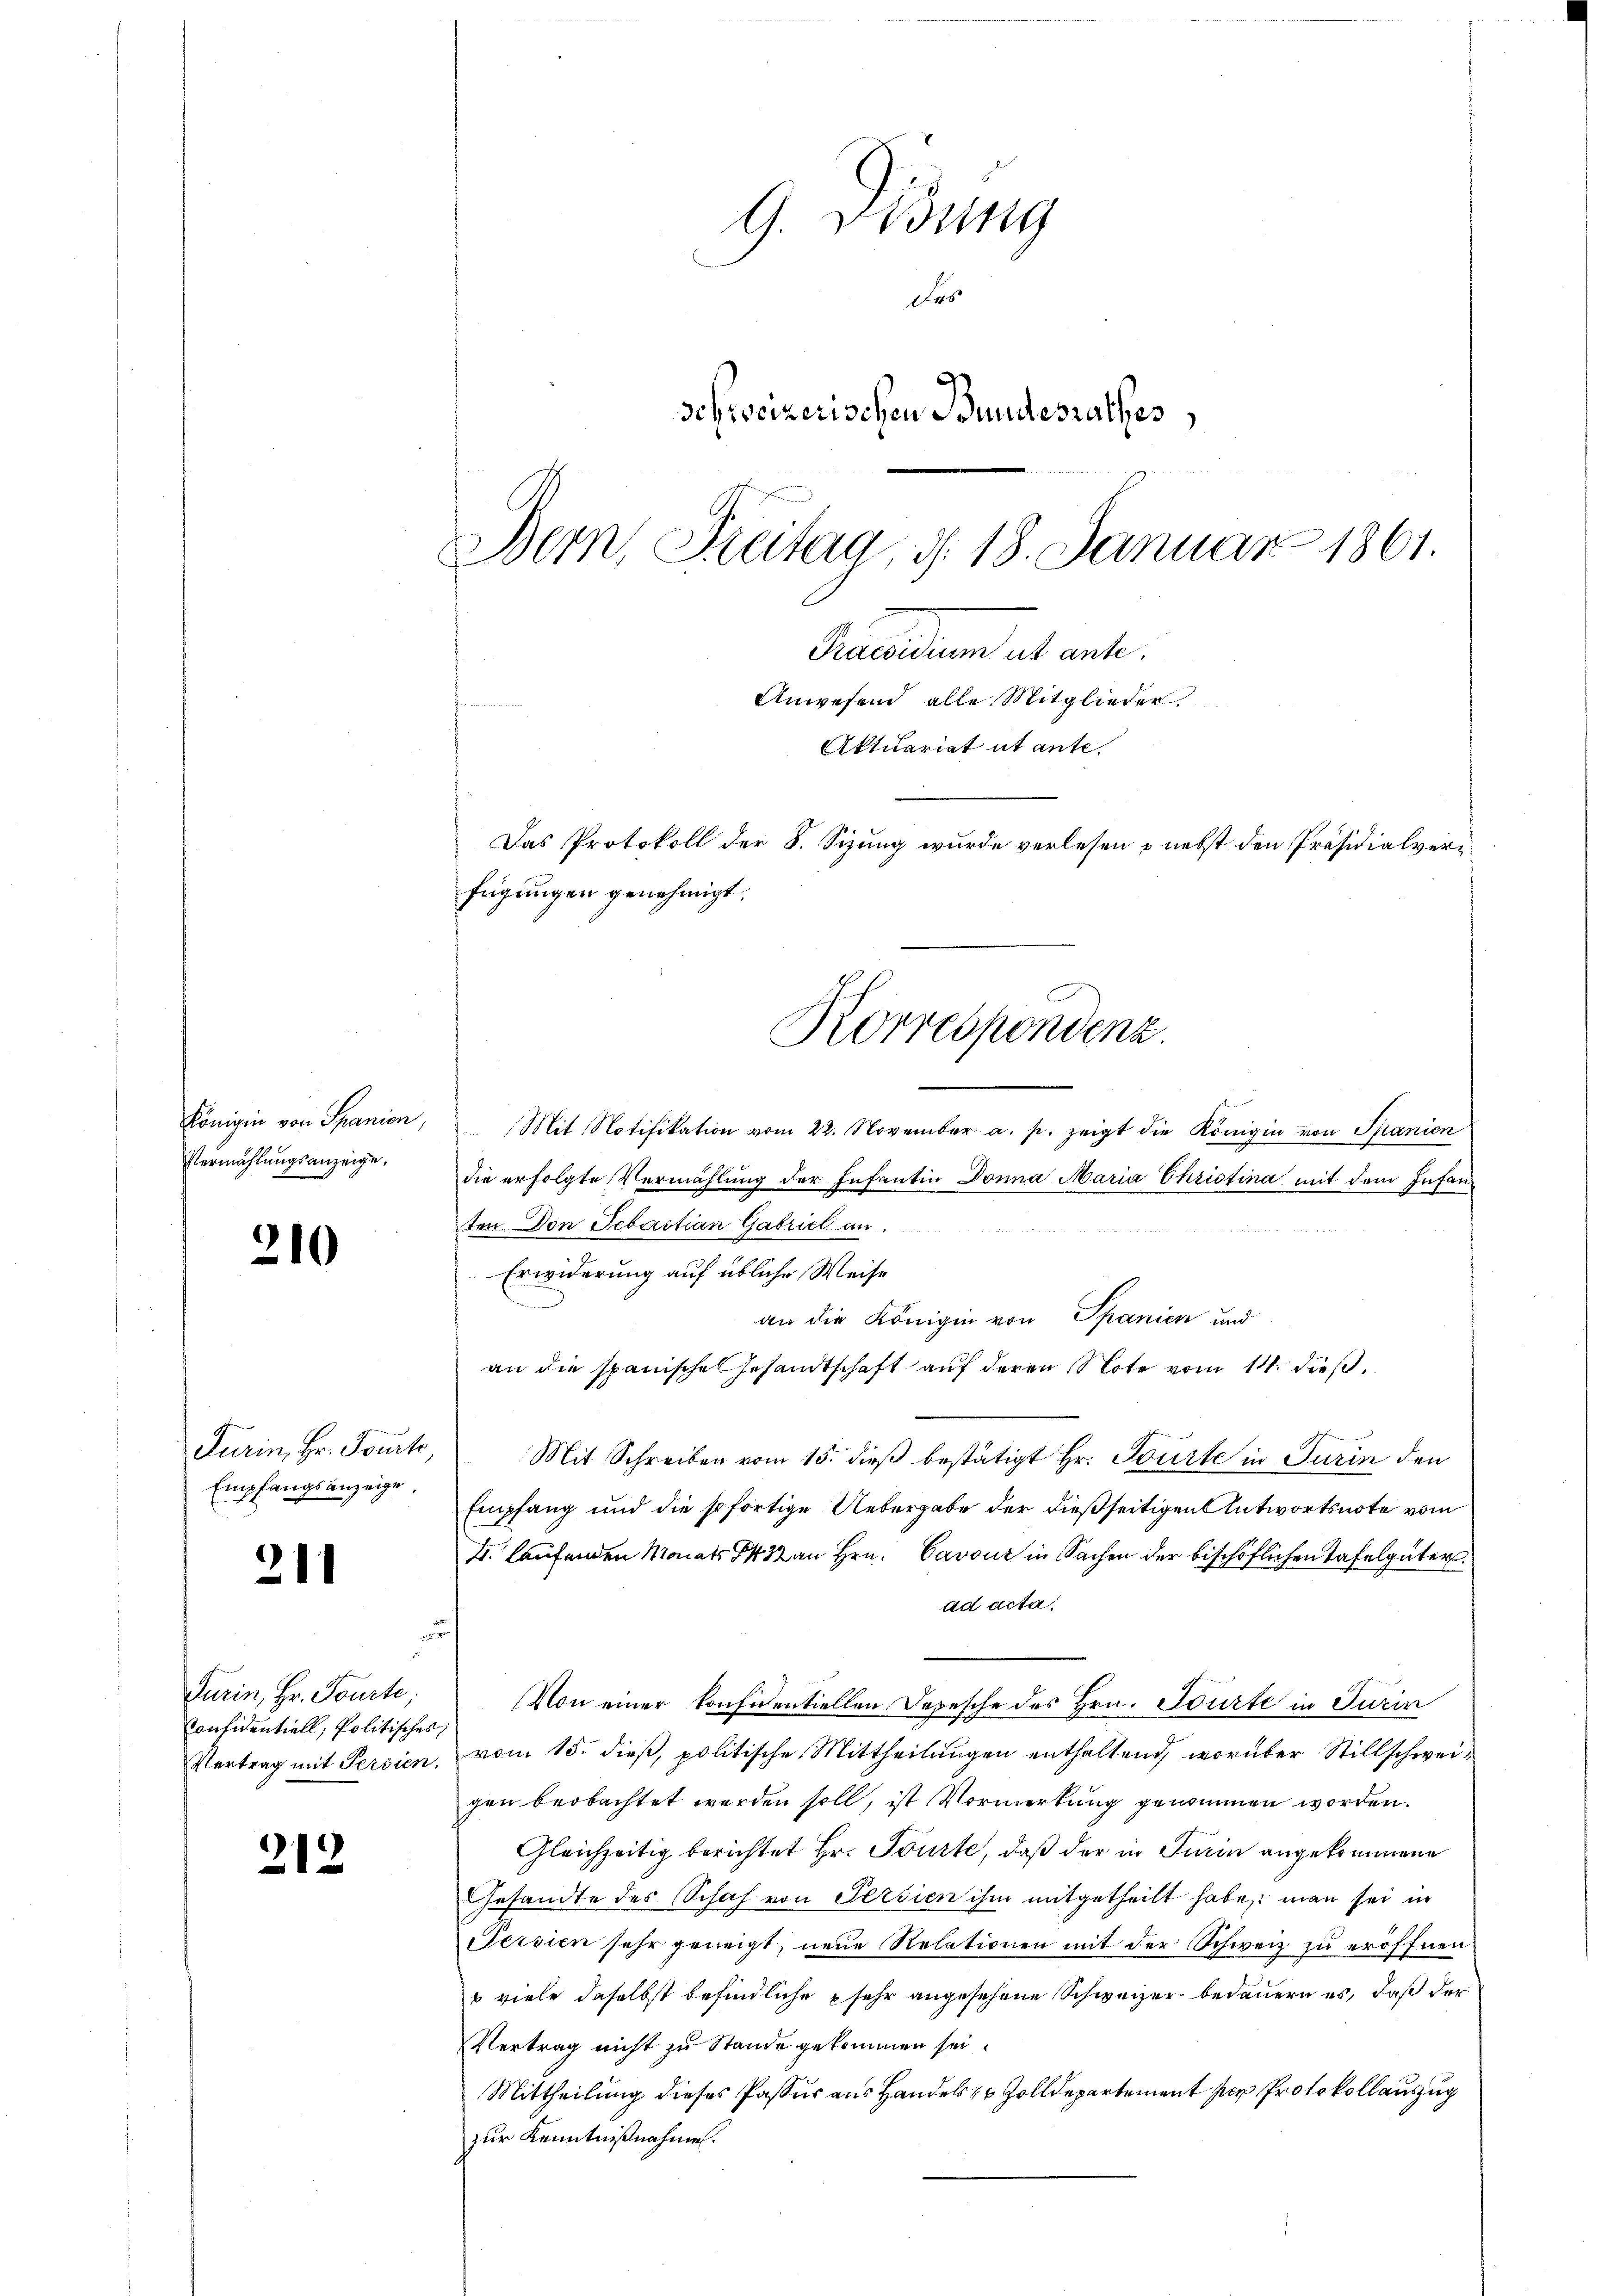
Königin von Spanien,
Vermählungsanzeige,

210

211

212

G. Bisung
Das
schweizerischen Bundesrathes,
Bern, Freitag, d. 18. Januar 1861.
Praesidium ut ante.
Anwesend alle Mitglieder
Aktuariat ut ante.
Das Protokoll der S. Sizung wurde verlesen & nebst den Präsidialverfügungen genehmigt.

Turin, Hr. Tourt
Empfangsanzeige.

r
Turin, Hr. Tourte;
Considentiell, Politisches,
Vertrag mit Persien.

Korrespondenz.

Mit Notifikation vom 22. November a. p. zeigt die Königin von Spanien
die erfolgte Vermählung der Infantin Donna Maria Christina mit dem Infan
ten Don Sebastian Gabriel an
Erwiderung auf übliche Weise
u
an die Königin von Spanien und
an die spanische Gesandtschaft auf deren Note vom 14. dieß,
Mit Schreiben vom 15. dieß bestätigt Hr. Tourte in Turin den
Empfang und die sofortige Uebergabe der dießseitigen Antwortsnote vom
I. laufenden Monats § 3 an Hrn. Cavouz in Sachen der bischöflichen Tafelgüter
ad acta
Von einer konsidentiellen Depesche des Hrn. Tourte in Turin
vom 15. dieß, politische Mittheilungen enthaltend, worüber Stillschweigen beobachtet werden soll, ist Vormerkung genommen worden.
Gleichzeitig berichtet Hr. Tourte, daß der in Turin angekommene
Gesandte des Schaf von Persien ihm mitgetheilt habe, man sei in
Fersien sehr geneigt, neue Relationen mit der Schweiz zu eröffnen
 viele daselbst befindliche sehr angesehene Schweizer bedauern es, daß der
Vertrag nicht zu Stande gekommen sei.
Mittheilung dieses Passur aus Handels zu Zolldepartement der Protokoll auszug
zur Kenntnißnahmen.